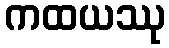
ကထယဿု